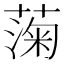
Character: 𫉙